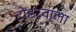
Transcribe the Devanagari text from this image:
टोडरवाला